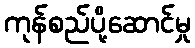
ကုန်စည်ပို့ဆောင်မှု